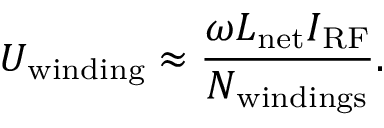
U _ { \mathrm { w i n d i n g } } \approx \frac { \omega L _ { \mathrm { n e t } } I _ { \mathrm { R F } } } { N _ { \mathrm { w i n d i n g s } } } .